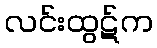
လင်းထွဋ်က